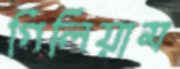
গিলিয়াম